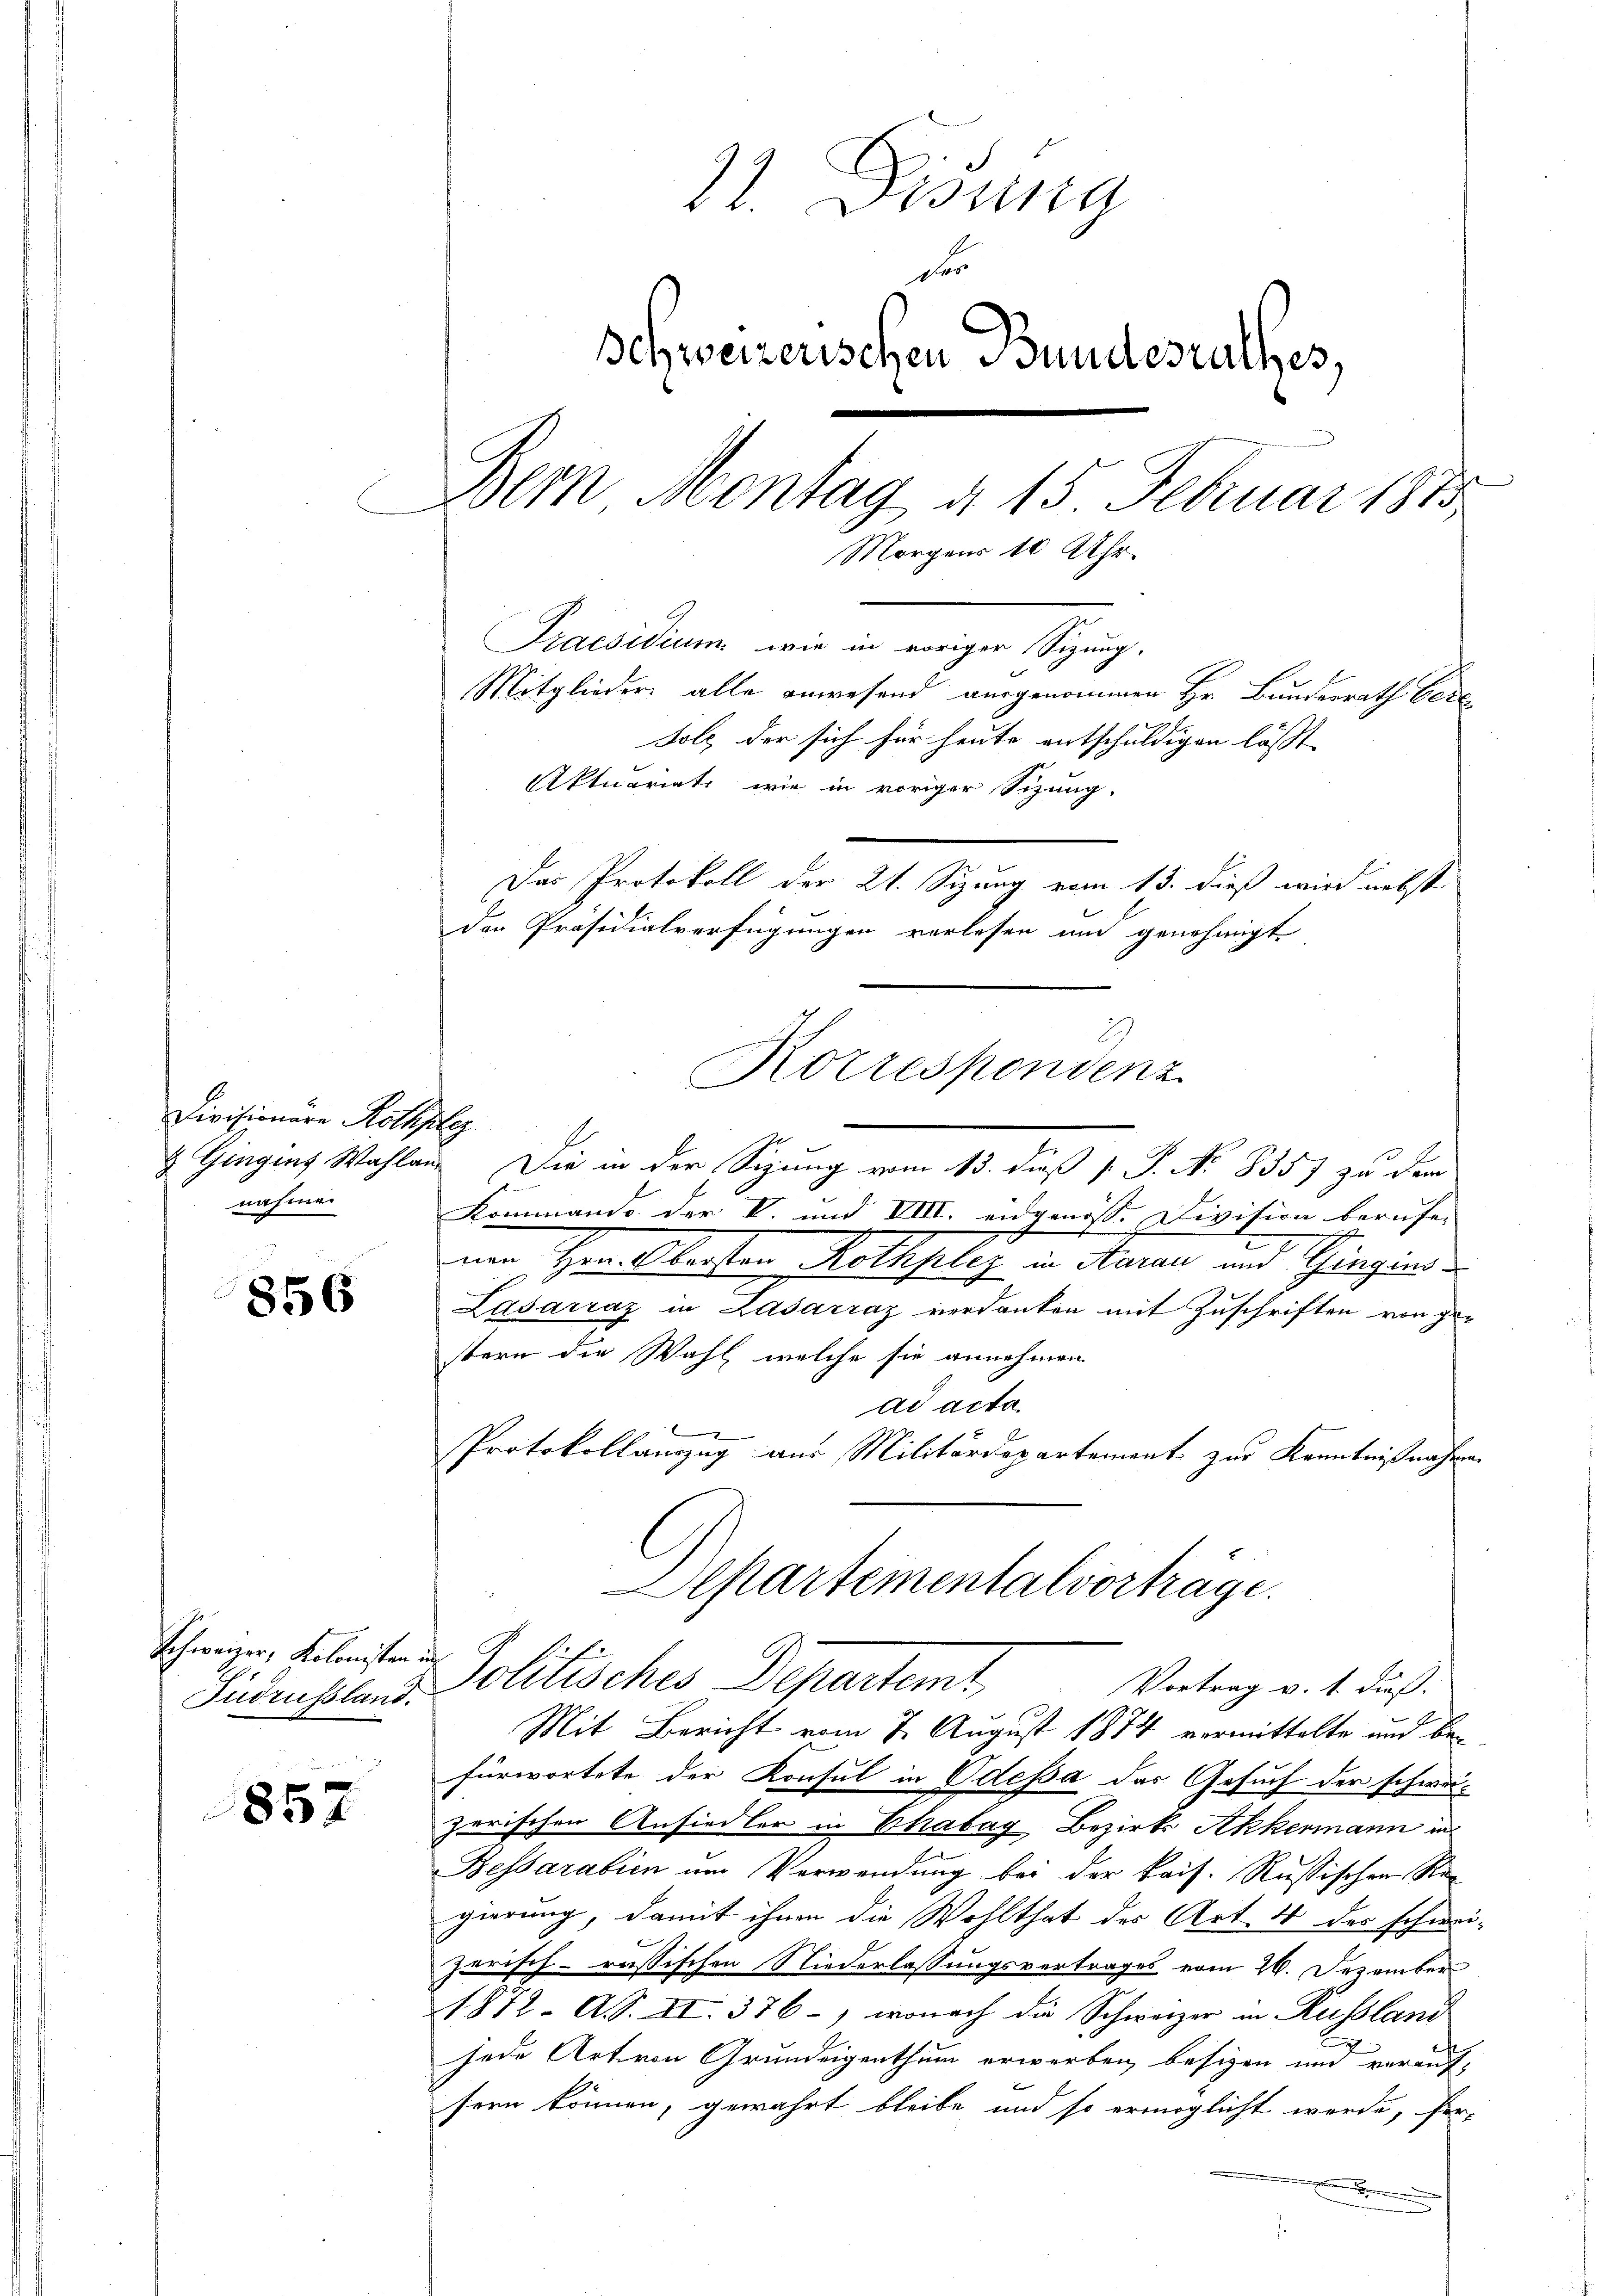
Divisionäre Rothpla
nahme

856

Schweizer, Kolonisten und
Zudrussland.

857

22. Desing
der
Schweizerischen Bundesrathes,
Bern Montag d. 15 Februar 1873
Morgens 10 Uhr.
Praesidium wie in voriger Sizung.
Mitglieder alle anwesend ausgenommen Hr. Bundesrath bere
tolz der sich für heute entschuldigen lässt |
Aktuariati, wie in voriger Sitzung.
Das Protokoll der 21. Sizung vom 13. dieß wird nebst
den Präsidialverfügungen verlesen und genehmigt

Korrespondenz

&. Gingins Wahlen. Die in der Sizung vom 13. dieß P. P. No 8357 zu dem
Kommando der V. und VIII. eidgenöss. Division berufe-
e
ner Herlbauten Rathselig in Aman und Schinzins
Lasarraz in Lasárraz verdanken mit Zuschriften von ger
stern die Wahl, welche sie annehmen
ad acta
Protokollanzug aus Militärdepartement zur Kenntnißnahme.
Mit Bericht vom 7. August 1874 vermittelte und befürwortete der Konsul in Odessa das Gesuch der schwerzerischen Ansiedler in Chabag Bezirks Akkermann in
Bessarabien um Verwendung bei der Pris. Russischen Regierung, damit ihnen die Wohlthat des Art. 4 des schuri-
zarisch-russischen Niederlassungsvertrages vom 26. Dezember
1872. Ad. II. 376 –, wonach die Schweizer in Russland
jede Art von Grundeigenthum erwerben, besizen und vorauf-
sern können, gewährt bleibe und so ermöglicht werde, her-

epartementalvorträge.
Politisches Departemte Vertrag v. 4. daß